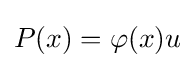
P(x)=\varphi (x)u